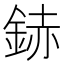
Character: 䤲